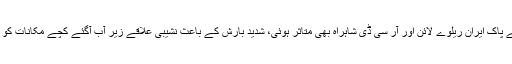
بارش کی وجہ سے پاک ایران ریلوے لائن اور آر سی ڈی شاہراہ بھی متاثر ہوئی، شدید بارش کے باعث نشیبی علاقے زیر آب آگئے کچے مکانات کو خطرہ لاحق ہوگیا۔